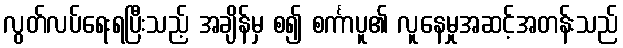
လွတ်လပ်ရေးရပြီးသည့် အချိန်မှ စ၍ စင်္ကာပူ၏ လူနေမှုအဆင့်အတန်းသည်